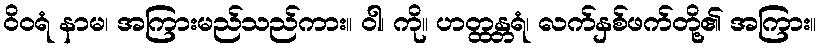
ဝိဝရံ နာမ၊ အကြားမည်သည်ကား။ ဝါ၊ ကို။ ဟတ္ထန္တရံ၊ လက်နှစ်ဖက်တို့၏ အကြား။